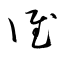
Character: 誰